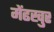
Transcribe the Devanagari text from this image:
मेंढखुर